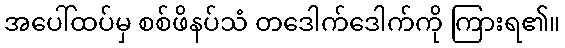
အပေါ်ထပ်မှ စစ်ဖိနပ်သံ တဒေါက်ဒေါက်ကို ကြားရ၏။